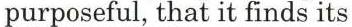
purposeful, that it finds its